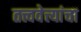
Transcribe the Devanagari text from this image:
तत्त्ववेत्त्यांचा